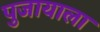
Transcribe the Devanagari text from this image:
पुजायाला